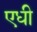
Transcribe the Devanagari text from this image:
एधी